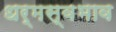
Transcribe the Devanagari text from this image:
धर्मस्वभाव